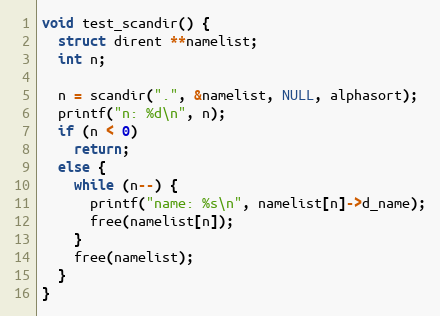
Language: C++
void test_scandir() {
  struct dirent **namelist;
  int n;

  n = scandir(".", &namelist, NULL, alphasort);
  printf("n: %d\n", n);
  if (n < 0)
    return;
  else {
    while (n--) {
      printf("name: %s\n", namelist[n]->d_name);
      free(namelist[n]);
    }
    free(namelist);
  }
}